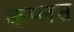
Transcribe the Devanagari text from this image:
कप्लस